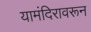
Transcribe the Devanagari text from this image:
यामंदिरावरून